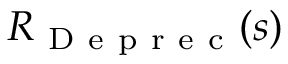
R _ { \mathrm { ~ D ~ e ~ p ~ r ~ e ~ c ~ } } ( s )